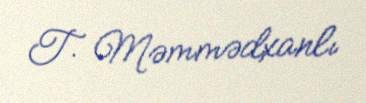
T. Məmmədxanlı